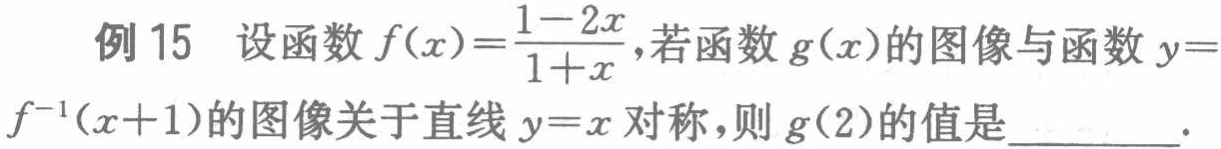
例 15 设函数$f(x)=\frac{1 - 2x}{1 + x}$，若函数$g(x)$的图像与函数$y = f^{-1}(x + 1)$的图像关于直线$y = x$对称，则$g(2)$的值是________.